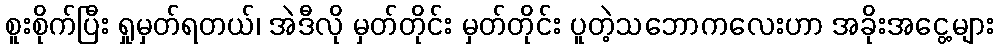
စူးစိုက်ပြီး ရှုမှတ်ရတယ်၊ အဲဒီလို မှတ်တိုင်း မှတ်တိုင်း ပူတဲ့သဘောကလေးဟာ အခိုးအငွေ့များ